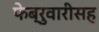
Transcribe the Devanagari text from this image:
फेब्रुवारीसह